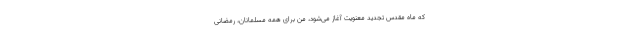
که ماه مقدسِ تجدید معنویت آغاز می‌شود، من برای همه مسلمانان، رمضانی